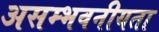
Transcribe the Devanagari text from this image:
असम्भवनीयता